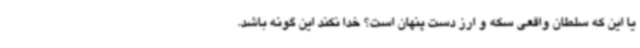
یا این که سلطان واقعی سکه و ارز دست پنهان است؟ خدا نکند این گونه باشد.